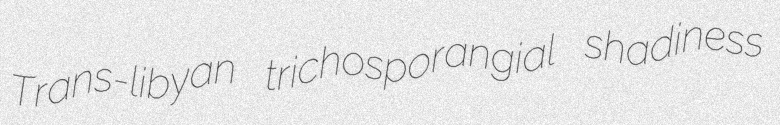
Trans-libyan trichosporangial shadiness